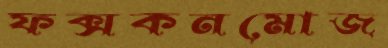
ফক্সকনমোজ